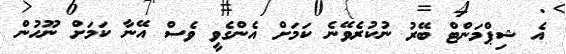
އެ ޝިޕްމަންޓް ބޭރު ނުކުރެވޭނެ ކަމަށް އެންގެވީ ވެސް އޭނާ ކަމަށް ނޫހުން